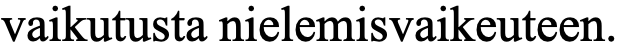
vaikutusta nielemisvaikeuteen.